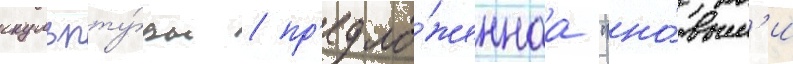
скульпту́ры / пр'едло́женнаа "но́вым'и